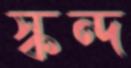
স্কন্দ